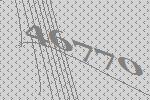
46770